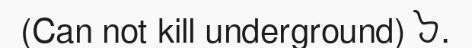
(Can not kill underground) ៦.